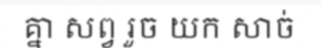
គ្នា សព្វ រួច យក សាច់